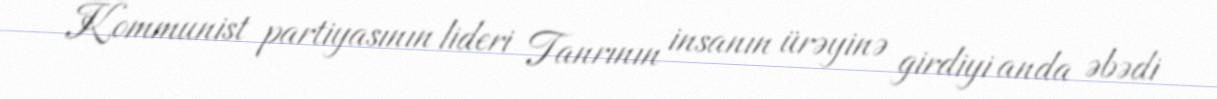
Kommunist partiyasının lideri Tanrının insanın ürəyinə girdiyi anda əbədi